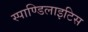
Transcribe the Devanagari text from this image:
स्पाण्डिलाइटिस